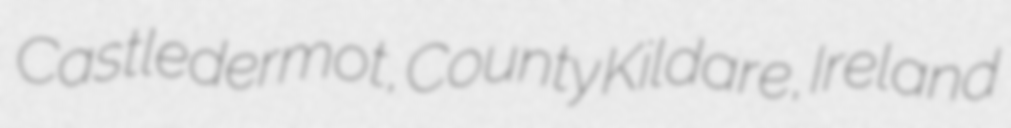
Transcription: Castledermot, County Kildare, Ireland